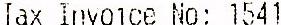
TAX INVOICE NO: 1541